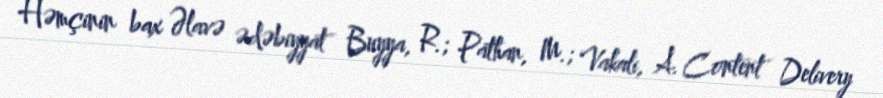
Həmçinin bax Əlavə ədəbiyyat Buyya, R.; Pathan, M.; Vakali, A. Content Delivery